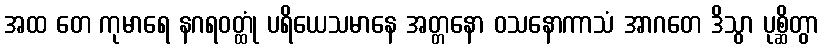
အထ တေ ကုမာရေ နဂရဝတ္ထုံ ပရိယေသမာနေ အတ္တနော ဝသနောကာသံ အာဂတေ ဒိသွာ ပုစ္ဆိတွာ